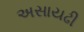
અસાયઢી